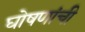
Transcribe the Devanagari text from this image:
घोषणांची